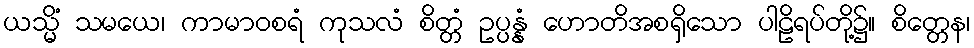
ယသ္မိံ သမယေ၊ ကာမာဝစရံ ကုသလံ စိတ္တံ ဥပ္ပန္နံ ဟောတိအစရှိသော ပါဠိရပ်တို့၌။ စိတ္တေန၊